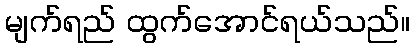
မျက်ရည် ထွက်အောင်ရယ်သည်။